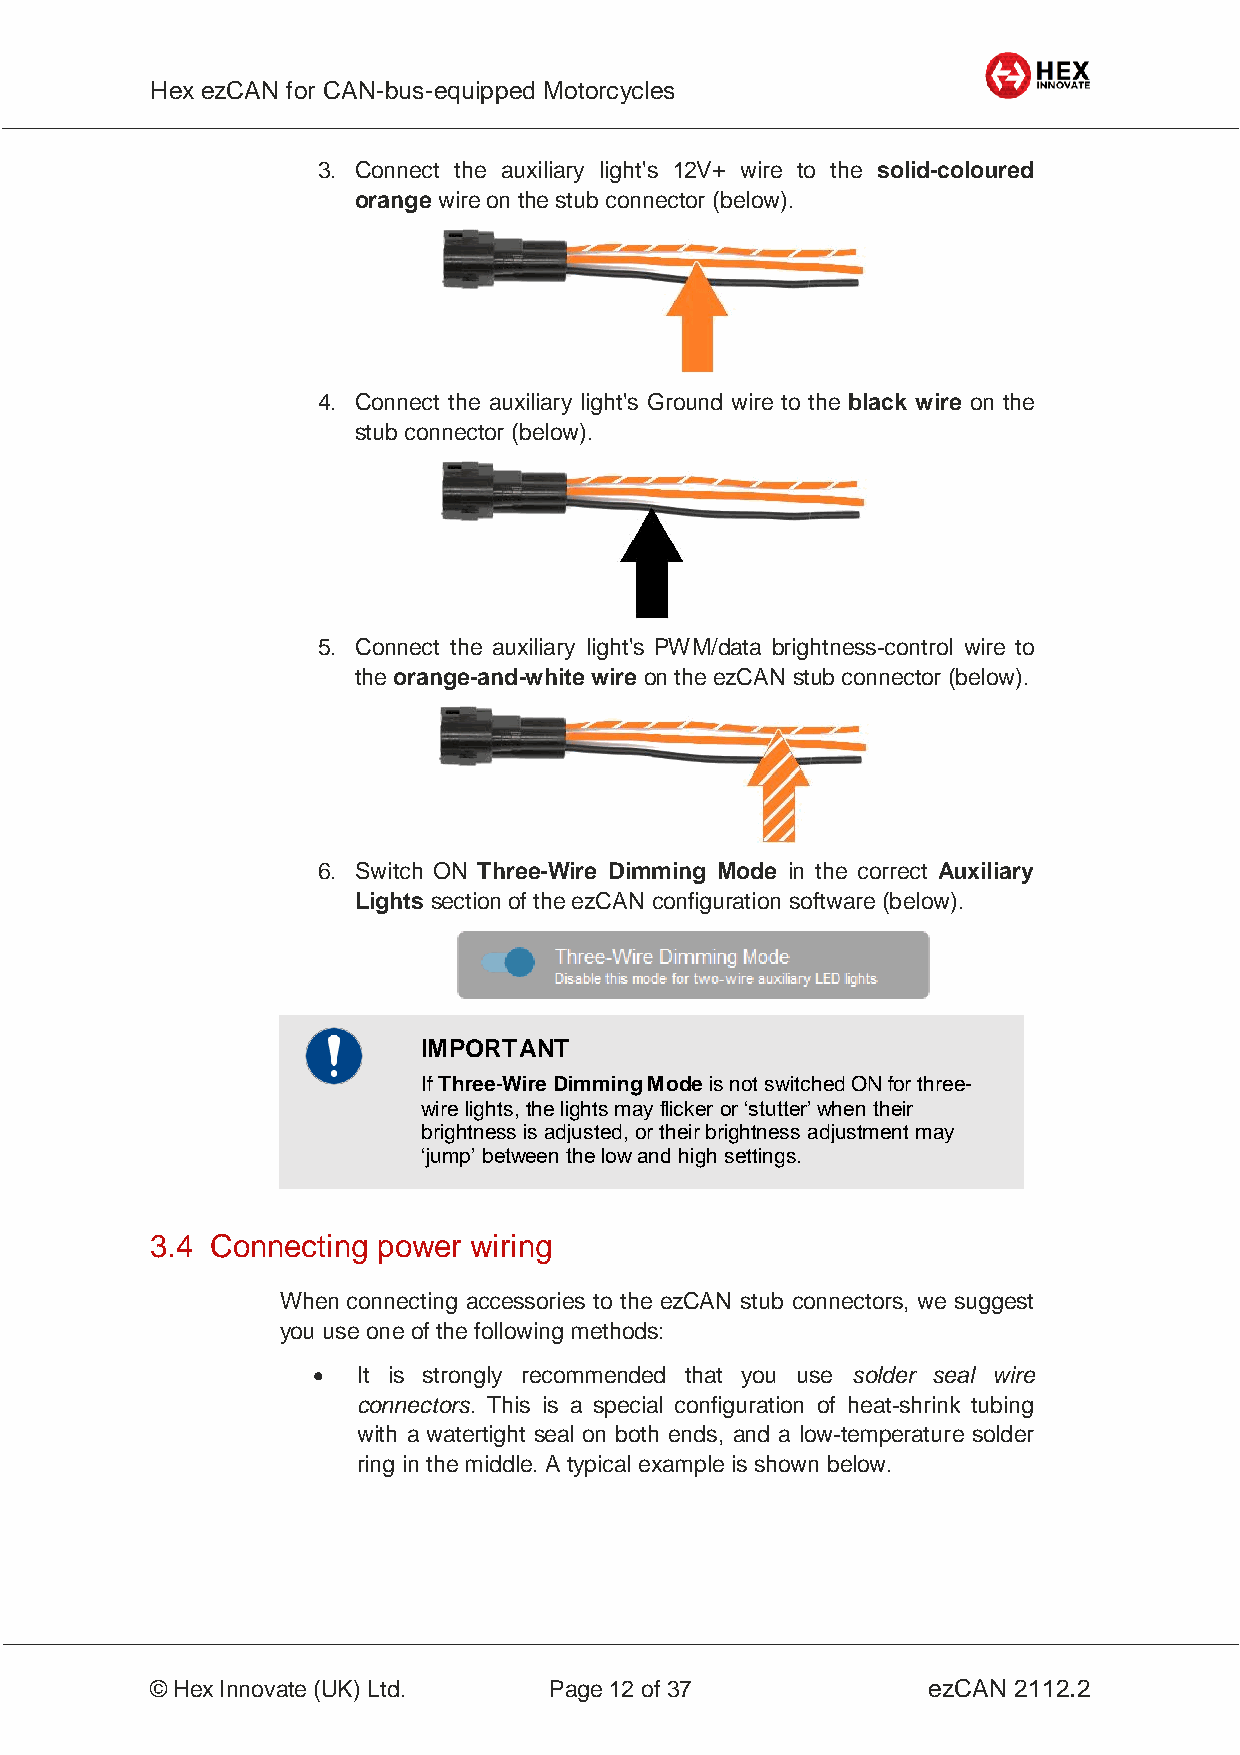
Hex ezCAN for CAN-bus-equipped Motorcycles
 _________________________________________________________________________________________________
 3. Connect the auxiliary light's 12V+ wire to the solid-coloured
 orange wire on the stub connector (below).
 4. Connect the auxiliary light's Ground wire to the black wire on the
 stub connector (below).
 5. Connect the auxiliary light's PWM/data brightness-control wire to
 the orange-and-white wire on the ezCAN stub connector (below).
 6. Switch ON Three-Wire Dimming Mode in the correct Auxiliary
 Lights section of the ezCAN configuration software (below).
 IMPORTANT
 If Three-Wire Dimming Mode is not switched ON for three-
 wire lights, the lights may flicker or ‘stutter’ when their
 brightness is adjusted, or their brightness adjustment may
 ‘jump’ between the low and high settings.
 3.4 Connecting power wiring
 When connecting accessories to the ezCAN stub connectors, we suggest
 you use one of the following methods:
   It is strongly recommended that you use solder seal wire
 connectors. This is a special configuration of heat-shrink tubing
 with a watertight seal on both ends, and a low-temperature solder
 ring in the middle. A typical example is shown below.
 _________________________________________________________________________________________________
 © Hex Innovate (UK) Ltd.  Page 12 of 37            ezCAN 2112.2